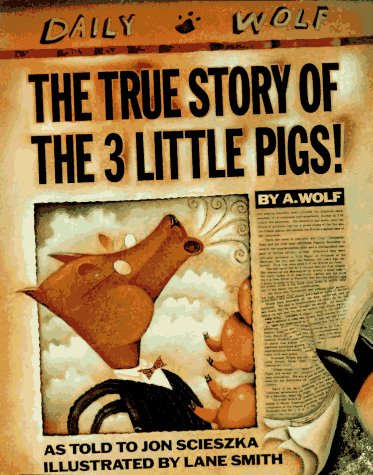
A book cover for The True Story of the 3 Little Pigs!; Jon Scieszka; Children's Books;